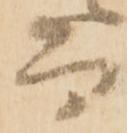
而